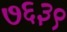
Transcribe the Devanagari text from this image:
७६३९